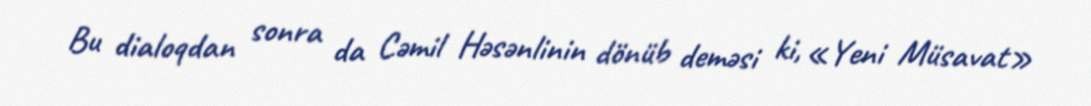
Bu dialoqdan sonra da Cəmil Həsənlinin dönüb deməsi ki, «Yeni Müsavat»